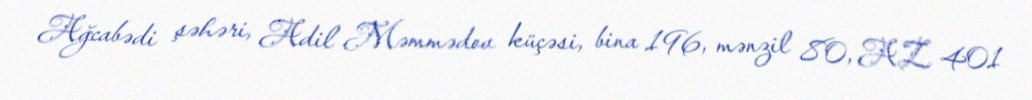
Ağcabədi şəhəri, Adil Məmmədov küçəsi, bina 196, mənzil 80, AZ 401